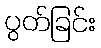
ပွတ်ခြင်း